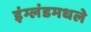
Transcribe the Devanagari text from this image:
इंग्लंडमधले